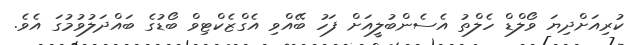
ކުރިއަށްދިޔަ ވޯލްޑް ހެލްތު އެސެންބުލީއަށް ފަހު ބޭއްވި އެގްޒެކްޓިވް ބޯޑުގެ ބައްދަލުވުމުގަ އެވެ.